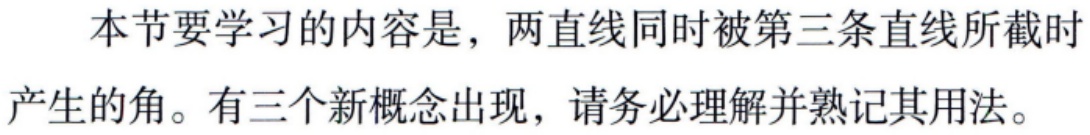
本节要学习的内容是，两直线同时被第三条直线所截时产生的角。有三个新概念出现，请务必理解并熟记其用法。